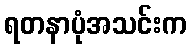
ရတနာပုံအသင်းက